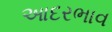
આદરભાવ